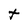
Character: T